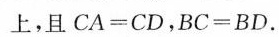
上，且$$CA=CD$$，$$BC=BD$$。